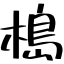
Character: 槝